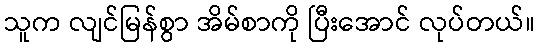
သူက လျင်မြန်စွာ အိမ်စာကို ပြီးအောင် လုပ်တယ်။